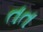
તત